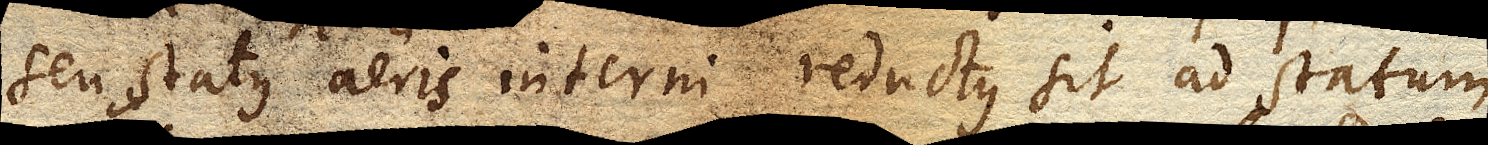
seu status aeris interni reductus sit ad statum